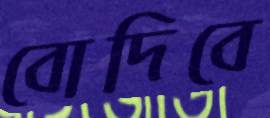
বোদিবে